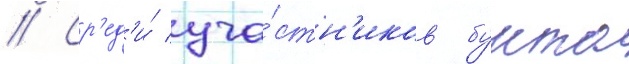
// Ср'ед'и́ уча́стн'иков бунта